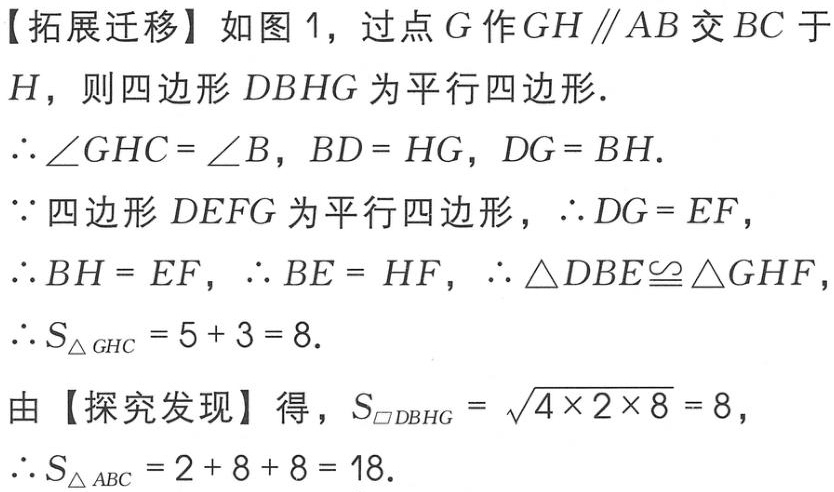
【拓展迁移】如图 1，过点 \(G\) 作 \(GH\parallel AB\) 交 \(BC\) 于 \(H\)，则四边形 \(DBHG\) 为平行四边形.
\(\therefore \angle GHC = \angle B\)，\(BD = HG\)，\(DG = BH\).
\(\because\) 四边形 \(DEFG\) 为平行四边形，\(\therefore DG = EF\)，
\(\therefore BH = EF\)，\(\therefore BE = HF\)，\(\therefore \triangle DBE\cong \triangle GHF\)，
\(\therefore S_{\triangle GHC}=5 + 3 = 8\).
由【探究发现】得，\(S_{\square DBHG}=\sqrt{4\times 2\times 8}=8\)，
\(\therefore S_{\triangle ABC}=2 + 8 + 8 = 18\).